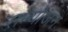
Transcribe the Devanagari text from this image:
सम्योजन